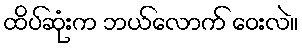
ထိပ်ဆုံးက ဘယ်လောက် ဝေးလဲ။